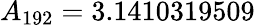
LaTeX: A_{192}=3.1410319509